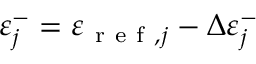
\varepsilon _ { j } ^ { - } = \varepsilon _ { \mathrm { ~ r ~ e ~ f ~ } , j } - \Delta \varepsilon _ { j } ^ { - }